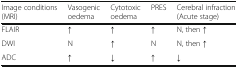
<table><thead><tr><td><b>Image conditions (MRI)</b></td><td><b>Vasogenic oedema</b></td><td><b>Cytotoxic oedema</b></td><td><b>PRES</b></td><td><b>Cerebral infraction (Acute stage)</b></td></tr></thead><tbody><tr><td>FLAIR</td><td>↑</td><td>↑</td><td>↑</td><td>N, then ↑</td></tr><tr><td>DWI</td><td>N</td><td>↑</td><td>N</td><td>N, then ↑</td></tr><tr><td>ADC</td><td>↑</td><td>↓</td><td>↑</td><td>↓</td></tr></tbody></table>